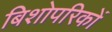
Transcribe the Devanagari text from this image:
बिशोपरिकों